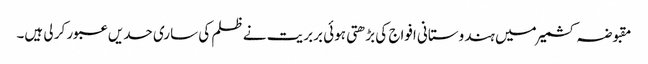
مقبوضہ کشمیر میں ہندوستانی افواج کی بڑھتی ہوئی بربریت نے ظلم کی ساری حدیں عبور کر لی ہیں۔